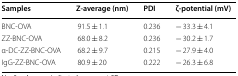
<table><thead><tr><td><b>Samples</b></td><td><b>Z-average (nm)</b></td><td><b>PDI</b></td><td><b>ζ-potential (mV)</b></td></tr></thead><tbody><tr><td>BNC-OVA</td><td>91.5 ± 1.1</td><td>0.236</td><td>− 33.3 ± 4.1</td></tr><tr><td>ZZ-BNC-OVA</td><td>68.0 ± 8.2</td><td>0.236</td><td>− 30.2 ± 1.7</td></tr><tr><td>α-DC-ZZ-BNC-OVA</td><td>68.2 ± 9.7</td><td>0.215</td><td>− 27.9 ± 4.0</td></tr><tr><td>IgG-ZZ-BNC-OVA</td><td>80.9 ± 20</td><td>0.222</td><td>− 26.3 ± 6.8</td></tr></tbody></table>